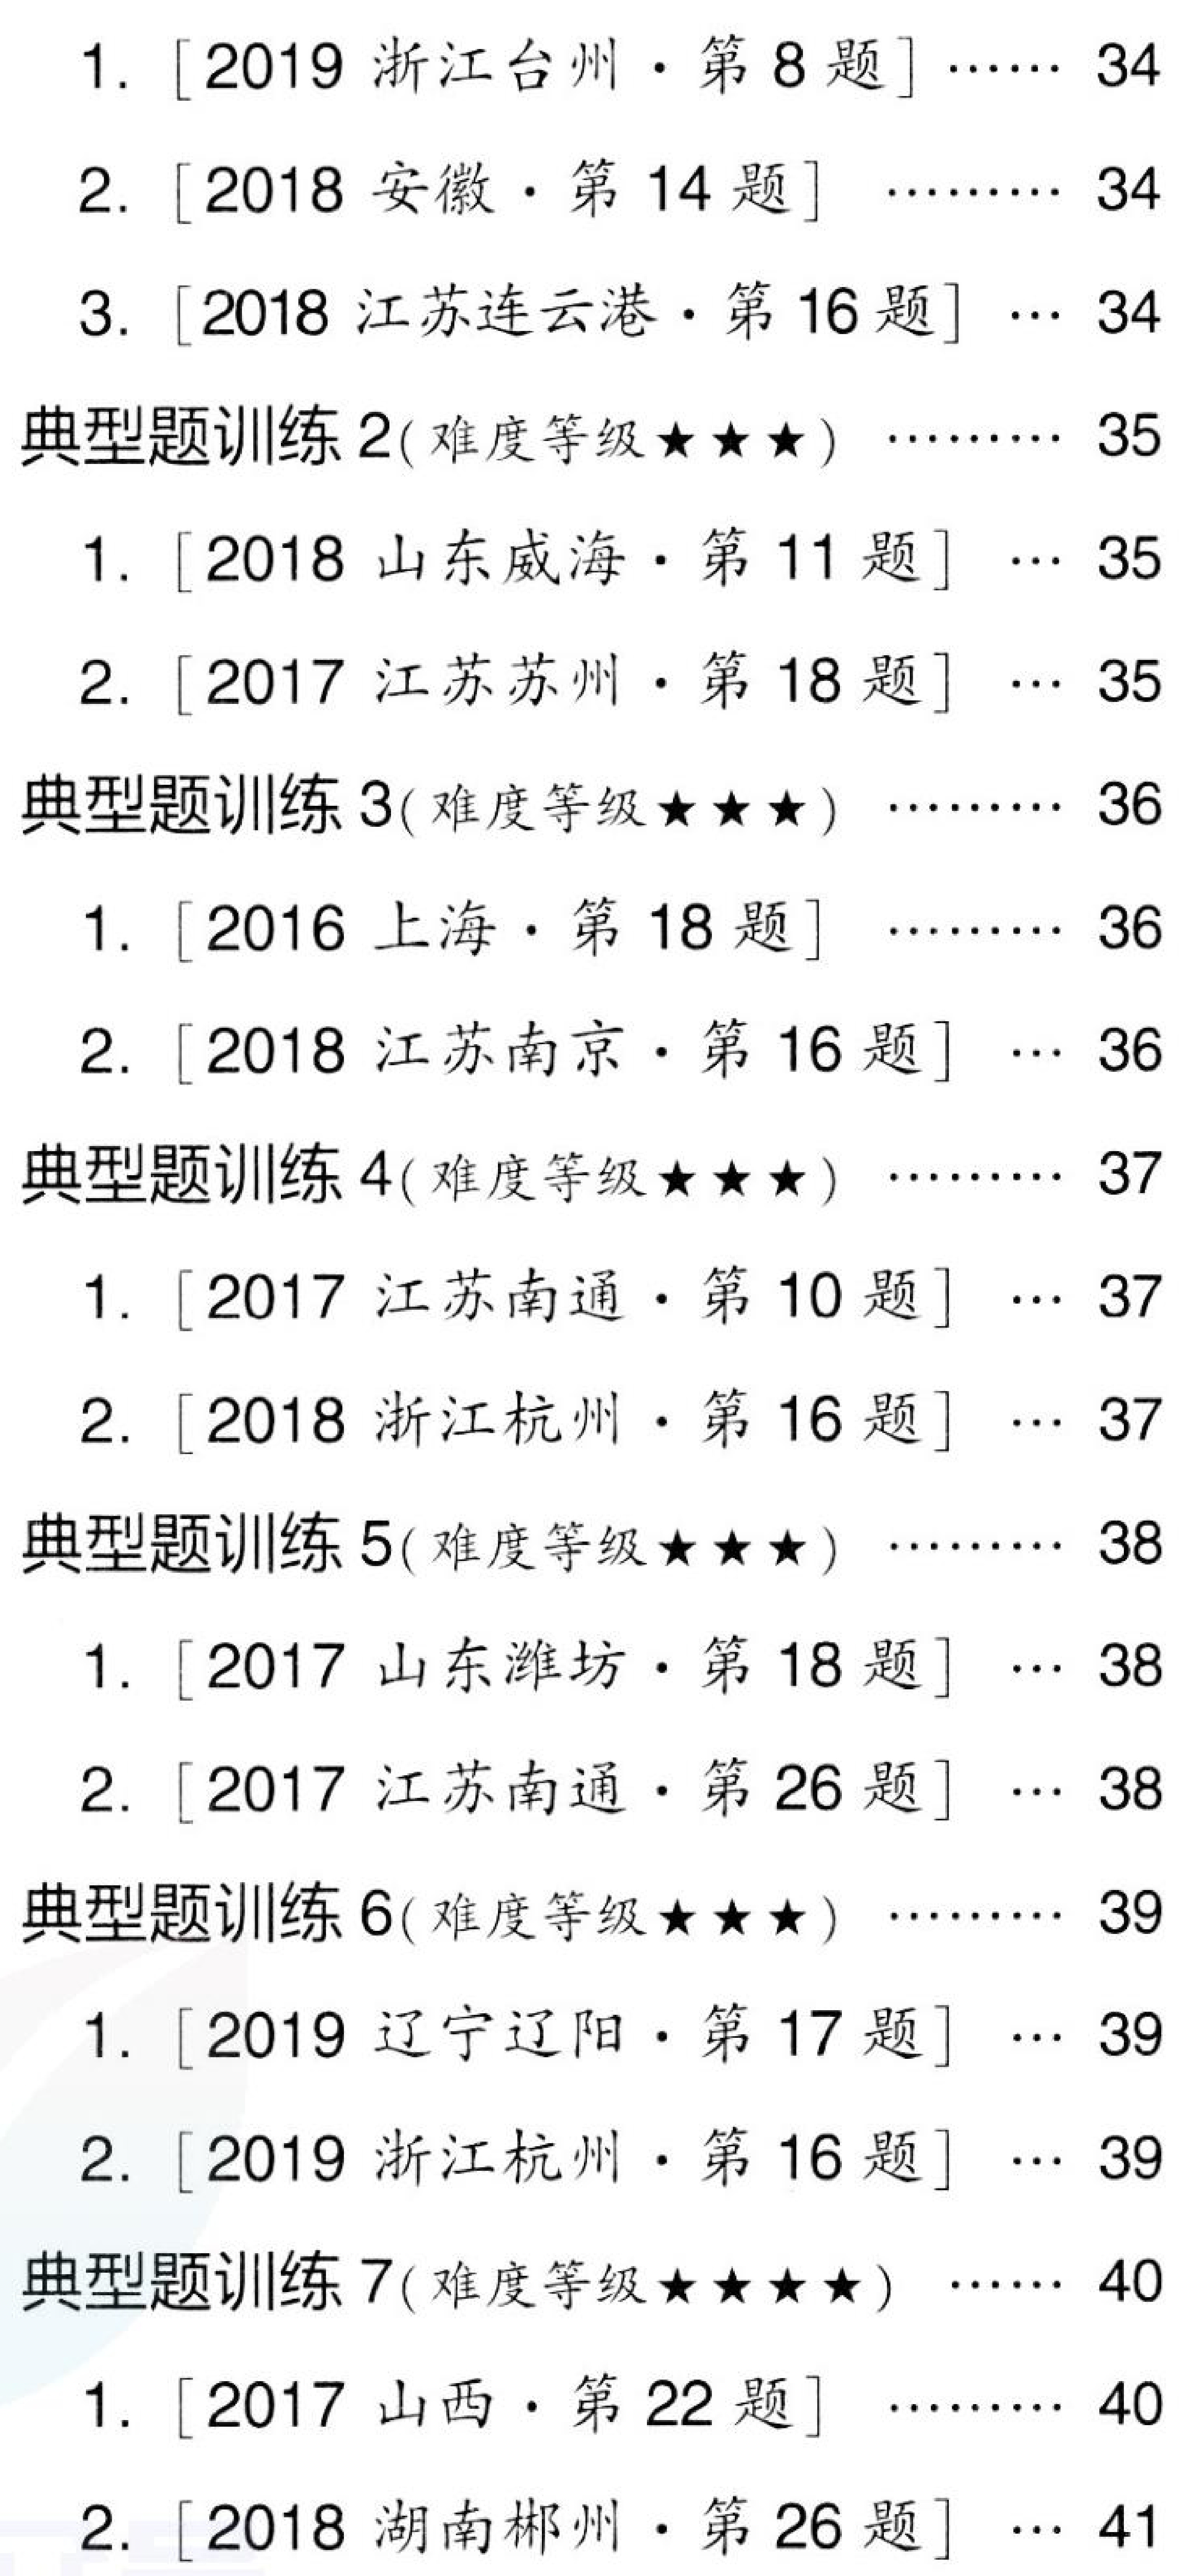
1. [2019 浙江台州·第 8 题]…… 34
2. [2018 安徽·第 14 题] ……… 34
3. [2018 江苏连云港·第 16 题] … 34
典型题训练 2(难度等级★★★) ……… 35
1. [2018 山东威海·第 11 题] … 35
2. [2017 江苏苏州·第 18 题] … 35
典型题训练 3(难度等级★★★) ……… 36
1. [2016 上海·第 18 题]  …… 36
2. [2018 江苏南京·第 16 题] … 36
典型题训练 4(难度等级★★★) ……… 37
1. [2017 江苏南通·第 10 题] … 37
2. [2018 浙江杭州·第 16 题] … 37
典型题训练 5(难度等级★★★) ……… 38
1. [2017 山东潍坊·第 18 题] … 38
2. [2017 江苏南通·第 26 题] … 38
典型题训练 6(难度等级★★★) ……… 39
1. [2019 辽宁辽阳·第 17 题] … 39
2. [2019 浙江杭州·第 16 题] … 39
典型题训练 7(难度等级★★★★) ……… 40
1. [2017 山西·第 22 题]  …… 40
2. [2018 湖南郴州·第 26 题] … 41